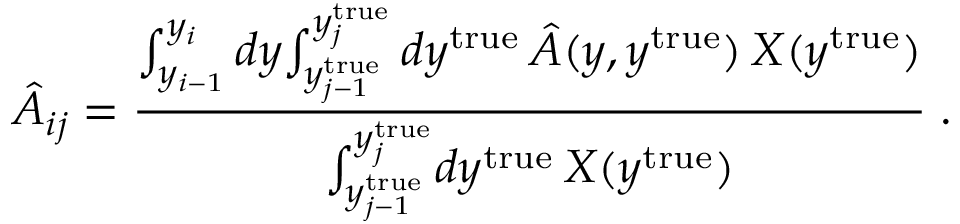
\hat { A } _ { i j } = \frac { { \int _ { y _ { i - 1 } } ^ { y _ { i } } d y { \int _ { y _ { j - 1 } ^ { \mathrm { t r u e } } } ^ { y _ { j } ^ { \mathrm { t r u e } } } d y ^ { \mathrm { t r u e } } \, \hat { \cal { A } } ( y , y ^ { \mathrm { t r u e } } ) \, { \cal { X } } ( y ^ { \mathrm { t r u e } } ) } } } { { \int _ { y _ { j - 1 } ^ { \mathrm { t r u e } } } ^ { y _ { j } ^ { \mathrm { t r u e } } } } d y ^ { \mathrm { t r u e } } \, { \cal { X } } ( y ^ { \mathrm { t r u e } } ) } \; .